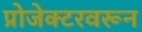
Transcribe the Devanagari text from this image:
प्रोजेक्टरवरून